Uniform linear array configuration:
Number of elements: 4
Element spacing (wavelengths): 0.75
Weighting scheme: blackman
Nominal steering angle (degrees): -15
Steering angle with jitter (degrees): -16.724
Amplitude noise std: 0.05
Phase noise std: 0.05

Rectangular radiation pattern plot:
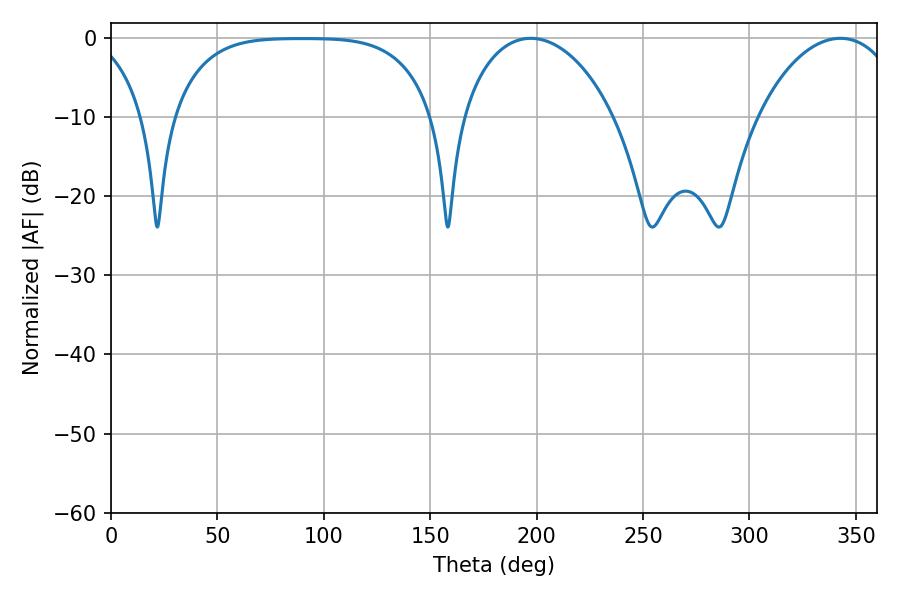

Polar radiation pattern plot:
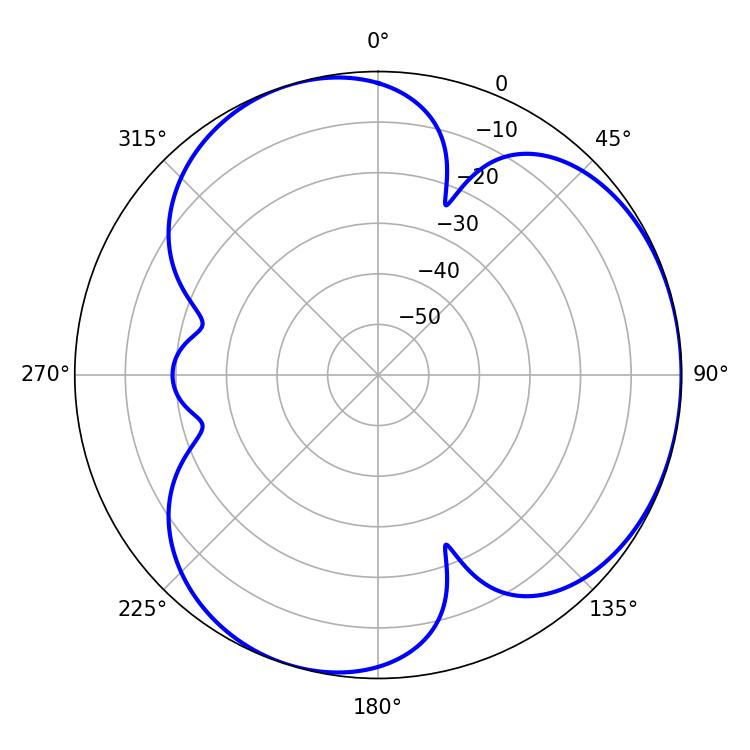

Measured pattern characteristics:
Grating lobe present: TRUE
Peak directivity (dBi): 3.626
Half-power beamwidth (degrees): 41.22
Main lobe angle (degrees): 197.28